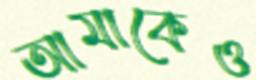
আমাকেও